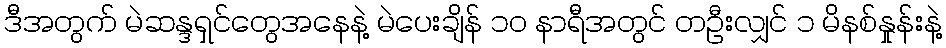
ဒီအတွက် မဲဆန္ဒရှင်တွေအနေနဲ့ မဲပေးချိန် ၁၀ နာရီအတွင် တဦးလျှင် ၁ မိနစ်နှုန်းနဲ့